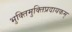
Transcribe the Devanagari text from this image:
भुक्तिमुक्तिप्रदायकम्